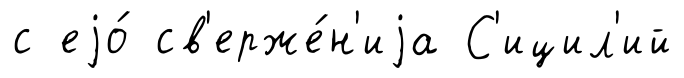
с еjо́ св'ерже́н'иjа С'ицил'ий